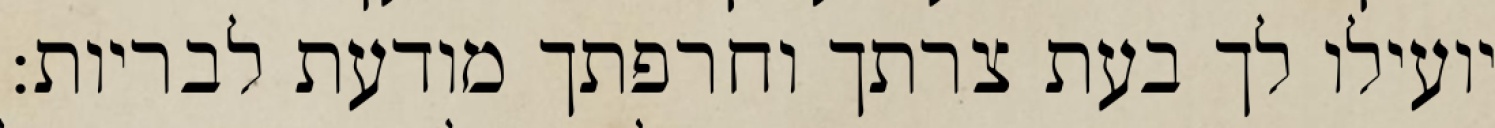
יועילו לך בעת צרתך וחרפתך מודעת לבריות: